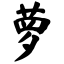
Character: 萝